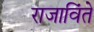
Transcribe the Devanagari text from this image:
राजाविंते